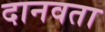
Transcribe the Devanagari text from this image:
दानवता